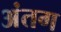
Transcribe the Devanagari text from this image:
अंतग